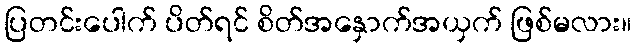
ပြတင်းပေါက် ပိတ်ရင် စိတ်အနှောက်အယှက် ဖြစ်မလား။